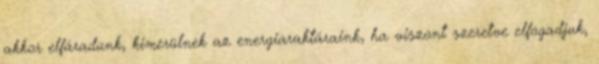
akkor elfáradunk, kimerülnek az energiaraktáraink, ha viszont szeretve elfogadjuk,